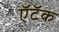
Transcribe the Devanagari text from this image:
ऍटॅक